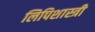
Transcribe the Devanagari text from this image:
लिपिशास्त्री